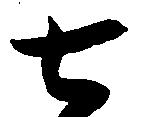
七